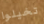
تخيلوا